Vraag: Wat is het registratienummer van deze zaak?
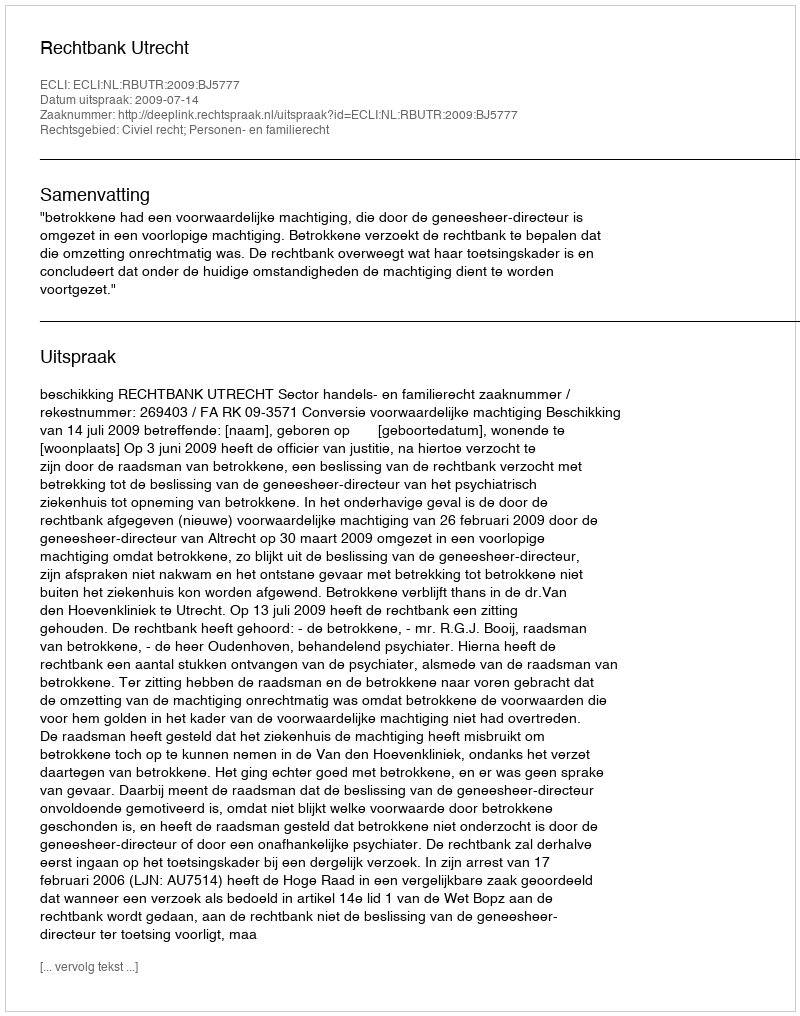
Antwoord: http://deeplink.rechtspraak.nl/uitspraak?id=ECLI:NL:RBUTR:2009:BJ5777